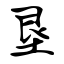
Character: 垦